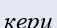
кери